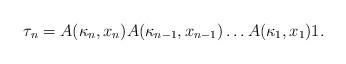
LaTeX: \begin{align*}\tau_n = A(\kappa_n,x_n)A(\kappa_{n-1},x_{n-1})\dots A(\kappa_1,x_1)1.\end{align*}